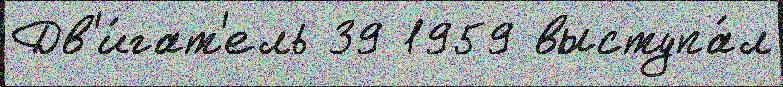
Дв'и́гат'ель 39 1959 выступа́л